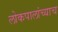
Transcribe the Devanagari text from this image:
लोकपालांच्याच